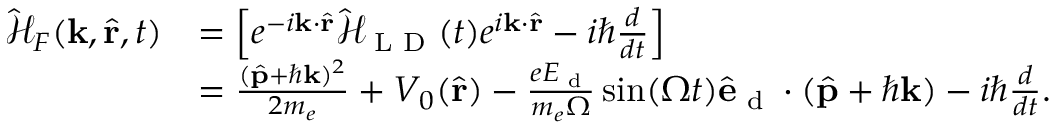
\begin{array} { r l } { \mathcal { \hat { H } } _ { F } ( \mathbf { k } , \hat { \mathbf { r } } , t ) } & { = \left[ e ^ { - i \mathbf { k } \cdot \hat { \mathbf { r } } } \mathbf { \mathcal { \hat { H } } } _ { \textrm { L D } } ( t ) e ^ { i \mathbf { k } \cdot \hat { \mathbf { r } } } - i \hbar \frac { d } { d t } \right] } \\ & { = \frac { ( \hat { \mathbf { p } } + \hbar \mathbf { k } ) ^ { 2 } } { 2 m _ { e } } + V _ { 0 } ( \hat { \mathbf { r } } ) - \frac { e E _ { \textrm { d } } } { m _ { e } \Omega } \sin ( \Omega t ) \hat { \mathbf { e } } _ { \textrm { d } } \cdot ( \hat { \mathbf { p } } + \hbar \mathbf { k } ) - i \hbar \frac { d } { d t } . } \end{array}